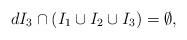
\begin{align*}d I_3 \cap (I_1 \cup I_2 \cup I_3) = \emptyset,\end{align*}